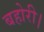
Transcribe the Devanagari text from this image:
बहोरी।